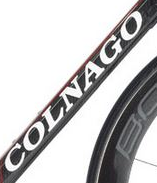
COLNAGO